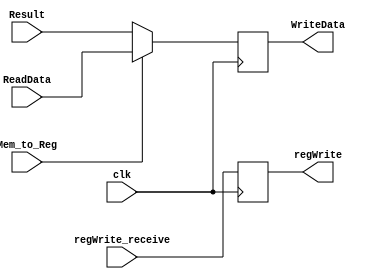

module Write_Back (
    clk,
    Result, ReadData, WriteData,
    Mem_to_Reg, regWrite_receive, regWrite
);

input clk;

input [63:0] Result, ReadData;
output reg [63:0] WriteData;

input Mem_to_Reg, regWrite_receive;
output reg regWrite = 0;


always @(posedge clk)
begin

    if(Mem_to_Reg)
        WriteData = ReadData;   //Data written to register will be from memory
    else
        WriteData = Result; 

    regWrite = regWrite_receive;

end
    
endmodule